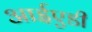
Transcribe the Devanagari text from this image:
आईएडी